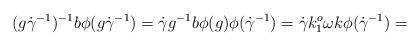
LaTeX: \begin{align*} (g\dot{\gamma}^{-1})^{-1} b\phi( g\dot{\gamma}^{-1})=\dot{\gamma} g^{-1}b\phi(g)\phi( \dot{\gamma}^{-1})= \dot{\gamma}k_1^o \omega k \phi( \dot{\gamma}^{-1})= \end{align*}